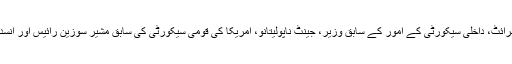
اس مراسلے پر دستخط کرنےو الوں میں امریکا کے سابق وزیر خارجہ میڈلین البرائٹ، داخلی سیکورٹی کے امور کے سابق وزیر، جینٹ ناپولیتانو، امریکا کی قومی سیکورٹی کی سابق مشیر سوزین رائیس اور انسداد دہشت گردی کے شعبے کے سابق ڈائریکٹر میٹو اولسن نے نام بھی شامل ہیں۔